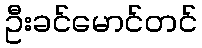
ဦးခင်မောင်တင်